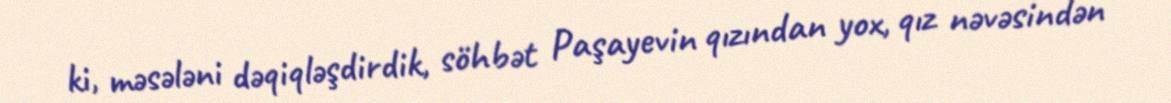
ki, məsələni dəqiqləşdirdik, söhbət Paşayevin qızından yox, qız nəvəsindən